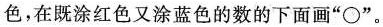
色，在既涂红色又涂蓝色的数的下面画”\bigcirc ”。